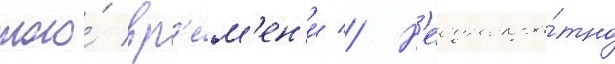
того́ вр'е́м'ен'и // Н'еоднокра́тно